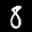
Digit: 8